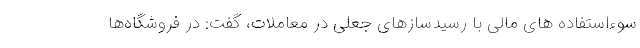
سوء‌استفاده های مالی با رسیدسازهای جعلی در معاملات، گفت: در فروشگاه‌ها